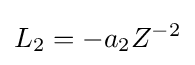
L_{2}=-a_{2}Z^{-2}